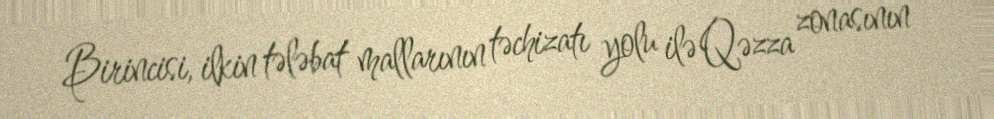
Birincisi, ilkin tələbat mallarının təchizatı yolu ilə Qəzza zonasının